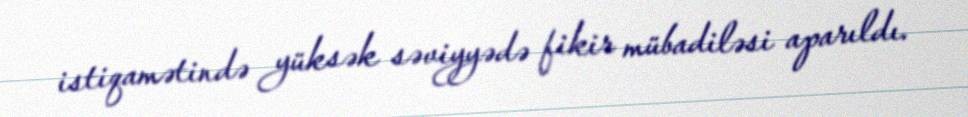
istiqamətində yüksək səviyyədə fikir mübadiləsi aparıldı.